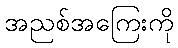
အညစ်အကြေးကို